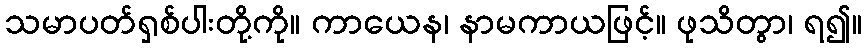
သမာပတ်ရှစ်ပါးတို့ကို။ ကာယေန၊ နာမကာယဖြင့်။ ဖုသိတွာ၊ ရ၍။